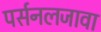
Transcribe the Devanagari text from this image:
पर्सनलजावा